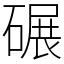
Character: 碾